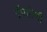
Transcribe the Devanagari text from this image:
ट्रॅपट्टोनी